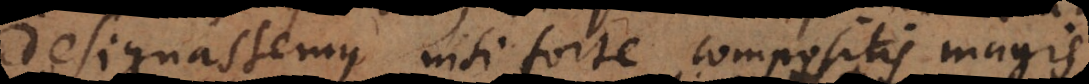
designassemus nisi forte compositis magis